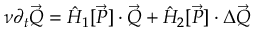
\begin{array} { r } { \nu \partial _ { t } \vec { Q } = \hat { H } _ { 1 } [ \vec { P } ] \cdot \vec { Q } + \hat { H } _ { 2 } [ \vec { P } ] \cdot \Delta \vec { Q } } \end{array}